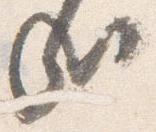
哉